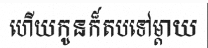
ហើយកូនក៏តបទៅម្តាយ